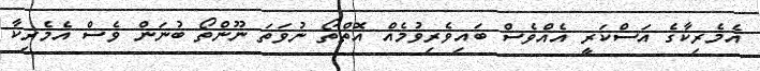
އެމެރިކާގެ އަސްކަރީ އެއްވެސް ބައިވެރިވުމެއް އޮތްތޯ ނުވަތަ ނޫންތޯ ބުނަން ވެސް އެމެރިކާ